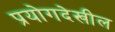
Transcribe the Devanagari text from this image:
प्रयोगदेखील